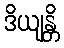
ဒိယျန္တိ